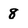
Character: 8